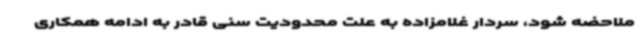
ملاحضه شود، سردار غلامزاده به علت محدودیت سنی قادر به ادامه همکاری